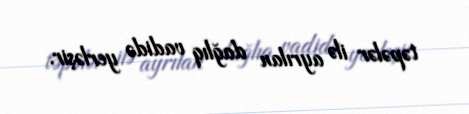
təpələr ilə ayrılan dağlıq vadidə yerləşir.